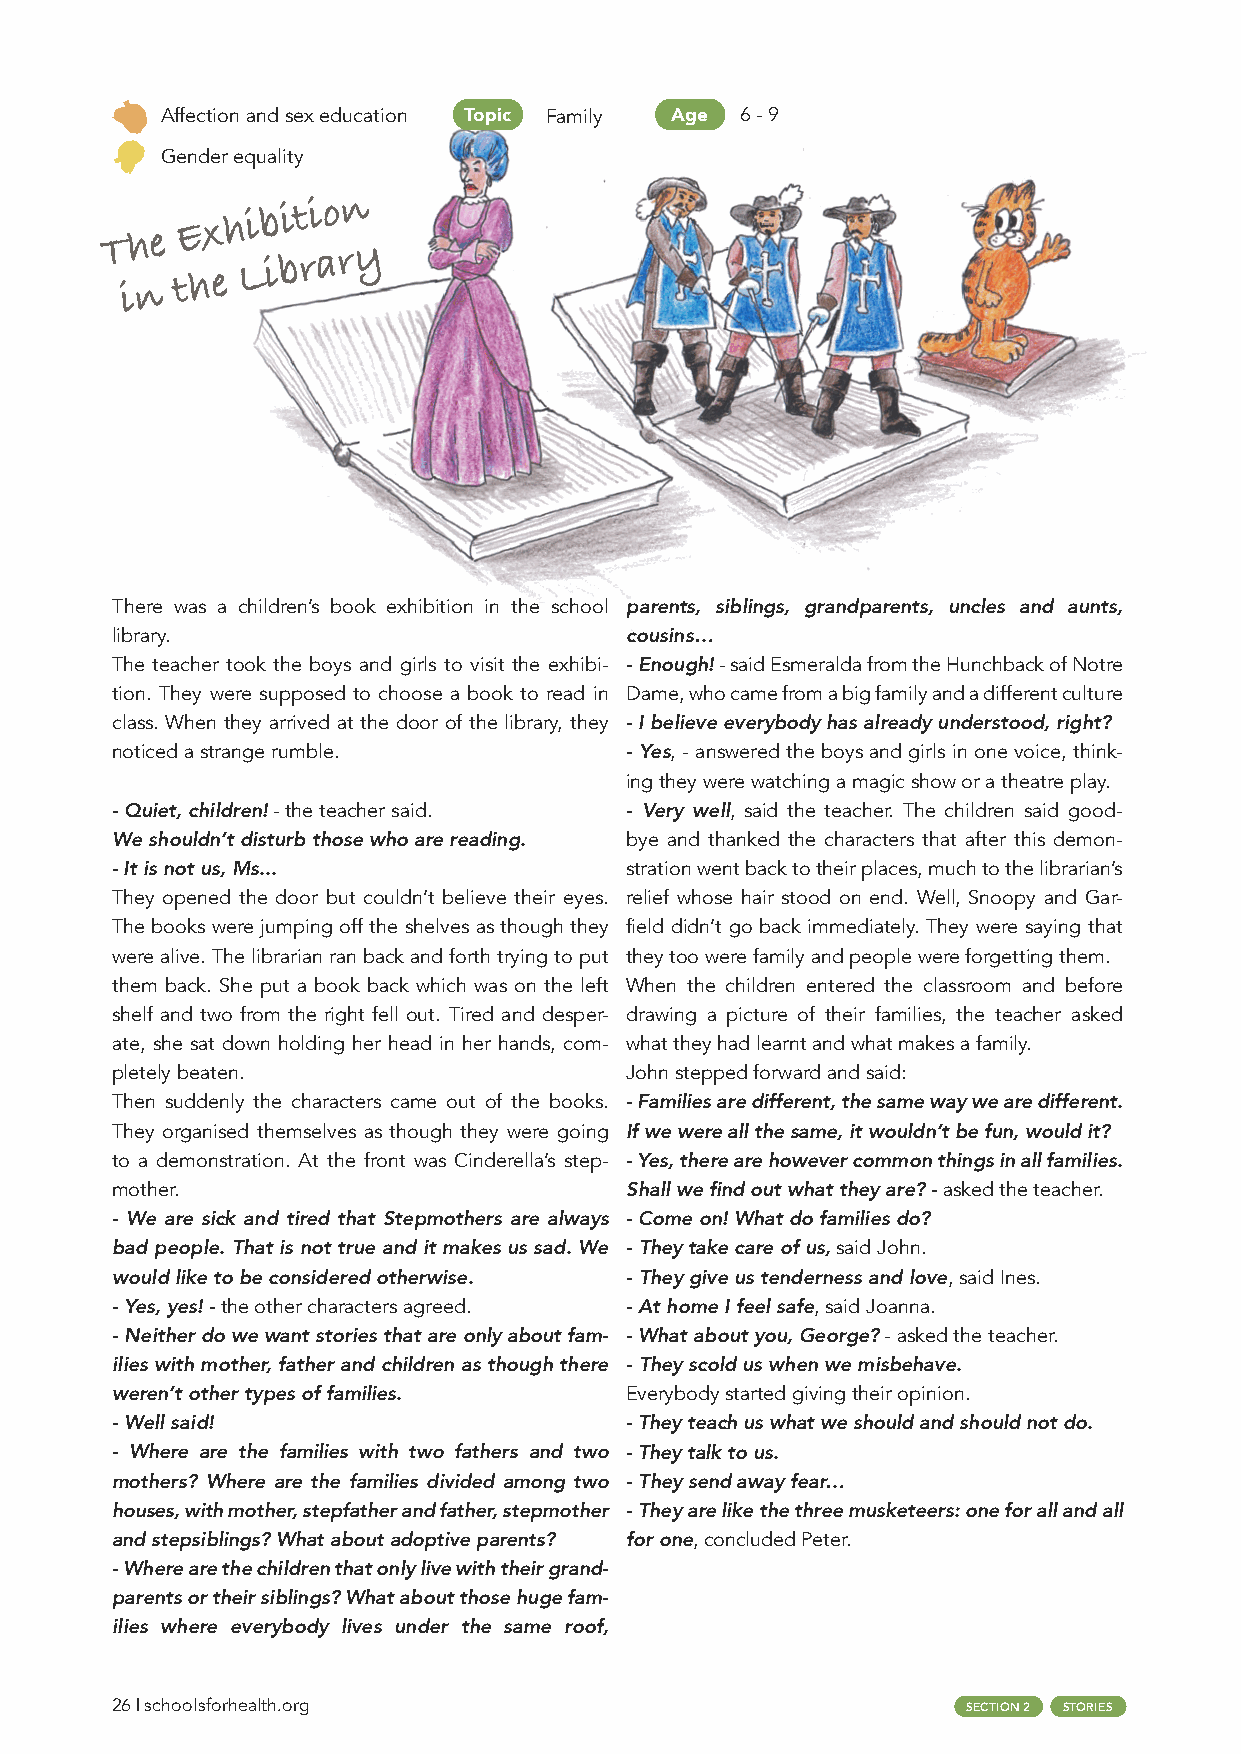
Affection and sex education Topic Family Age 6 - 9
 Gender equality
 T ih ne
 tE hx eh Li b
 i
 bi t ri ao rn
 y
 There was a children’s book exhibition in the school parents, siblings, grandparents, uncles and aunts,
 library.                          cousins…
 The teacher took the boys and girls to visit the exhibi- - Enough! - said Esmeralda from the Hunchback of Notre
 tion. They were supposed to choose a book to read in Dame, who came from a big family and a different culture
 class. When they arrived at the door of the library, they - I believe everybody has already understood, right?
 noticed a strange rumble.         - Yes, - answered the boys and girls in one voice, think-
 ing they were watching a magic show or a theatre play.
 - Quiet, children! - the teacher said. - Very well, said the teacher. The children said good-
 We shouldn’t disturb those who are reading. bye and thanked the characters that after this demon-
 - It is not us, Ms...             stration went back to their places, much to the librarian’s
 They opened the door but couldn’t believe their eyes. relief whose hair stood on end. Well, Snoopy and Gar-
 The books were jumping off the shelves as though they field didn’t go back immediately. They were saying that
 were alive. The librarian ran back and forth trying to put they too were family and people were forgetting them.
 them back. She put a book back which was on the left When the children entered the classroom and before
 shelf and two from the right fell out. Tired and desper- drawing a picture of their families, the teacher asked
 ate, she sat down holding her head in her hands, com- what they had learnt and what makes a family.
 pletely beaten.                   John stepped forward and said:
 Then suddenly the characters came out of the books. - Families are different, the same way we are different.
 They organised themselves as though they were going If we were all the same, it wouldn’t be fun, would it?
 to a demonstration. At the front was Cinderella’s step- - Yes, there are however common things in all families.
 mother.                           Shall we find out what they are? - asked the teacher.
 - We are sick and tired that Stepmothers are always - Come on! What do families do?
 bad people. That is not true and it makes us sad. We - They take care of us, said John.
 would like to be considered otherwise. - They give us tenderness and love, said Ines.
 - Yes, yes! - the other characters agreed. - At home I feel safe, said Joanna.
 - Neither do we want stories that are only about fam- - What about you, George? - asked the teacher.
 ilies with mother, father and children as though there - They scold us when we misbehave.
 weren’t other types of families.  Everybody started giving their opinion.
 - Well said!                      - They teach us what we should and should not do.
 - Where are the families with two fathers and two - They talk to us.
 mothers? Where are the families divided among two - They send away fear…
 houses, with mother, stepfather and father, stepmother - They are like the three musketeers: one for all and all
 and stepsiblings? What about adoptive parents? for one, concluded Peter.
 - Where are the children that only live with their grand-
 parents or their siblings? What about those huge fam-
 ilies where everybody lives under the same roof,
 26 | schoolsforhealth.org                                SECTION 2 STORIES